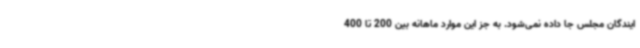
ایندگان مجلس جا داده نمی‌شود. به جز این موارد ماهانه بین 200 تا 400